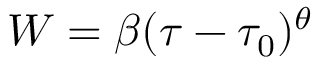
W = \beta ( \tau - \tau _ { 0 } ) ^ { \theta }